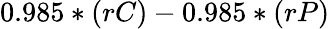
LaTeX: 0.985*(rC)-0.985*(rP)